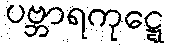
ပဗ္ဘာရကုဋ္ဋေ